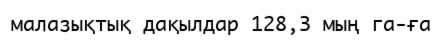
малазықтық дақылдар 128,3 мың га-ға